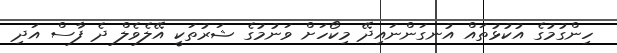
ހިންގުމުގެ އުކުޅުތައް އުނގަންނައިދޭ މިކޯހަށް ވަނުމުގެ ޝަރުތަކީ އޭލެވެލް ދެ ފާސް އަދި